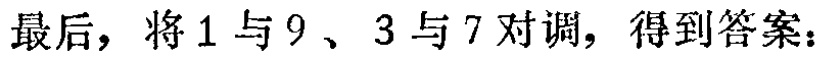
最后，将1与9、3与7对调，得到答案：